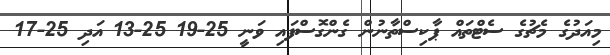
މިއަދުގެ މެޗުގެ ސެޓްތައް ޕާކިސްތާނުން ގެންގޮސްފައި ވަނީ 25-19 25-13 އަދި 25-17